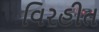
વિરહીત